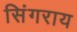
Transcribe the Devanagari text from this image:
सिंगराय